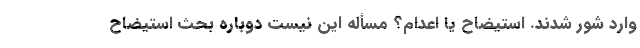
وارد شور شدند. استیضاح یا اعدام؟ مسأله این نیست دوباره بحث استیضاح